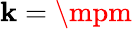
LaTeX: \mathbf{k}=\mpm